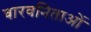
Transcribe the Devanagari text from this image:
वारवनिताओं